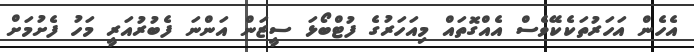
އެހެން އަހަރުތަކެކޭވެސް އެއްގޮތައް މިއަހަރުގެ ފުޓްބޯޅަ ސީޒަން އަންނަ ފެބުރުއަރީ މަހު ފެށުމަށް